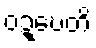
ဝဍ္ဎေတိ